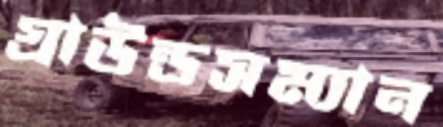
গ্রাউন্ডসম্যান